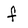
Character: f